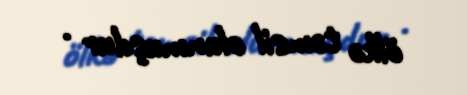
ölkə təmsil olunmuşdur .